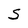
Character: S